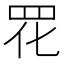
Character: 𫅁